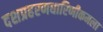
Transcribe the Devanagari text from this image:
दशप्रहरणधारिणीकमला